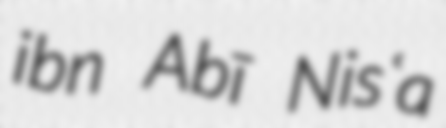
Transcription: ibn Abī Nisʿa